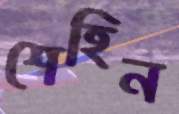
শেহিন